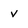
Character: v